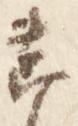
節